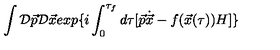
\int { \cal D } \vec { p } { \cal D } \vec { x } e x p \{ i \int _ { 0 } ^ { \tau _ { f } } d \tau [ \vec { p } \dot { \vec { x } } - f ( \vec { x } ( \tau ) ) H ] \}